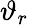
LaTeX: \vartheta_{r}